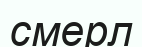
смерл